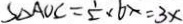
S _ { \Delta A O C } = \frac { 1 } { 2 } \times 6 x = 3 x